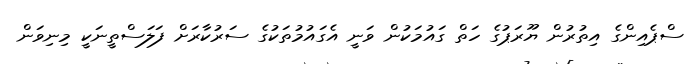
ސްޕެއިންގެ އިތުރުން ޔޫރަޕުގެ ހަތް ގައުމަކުން ވަނީ އެގައުމުތަކުގެ ސަރުކާރަށް ފަލަސްތީނަކީ މިނިވަން